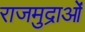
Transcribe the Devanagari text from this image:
राजमुद्राओं